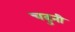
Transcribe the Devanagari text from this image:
चढुनी